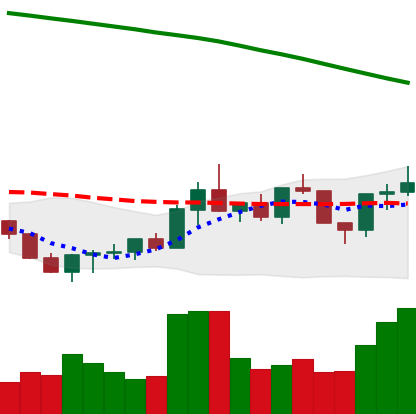
Ticker: ADA-USD
Chart end date: 2022-07-29
Forward return: -4.27%
Label: down_3_5